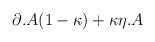
\begin{align*}\partial .A(1-\kappa )+\kappa \eta .A\protect\end{align*}